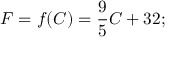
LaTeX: F = f ( C ) = { \frac { 9 } { 5 } } C + 3 2 ;